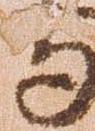
与